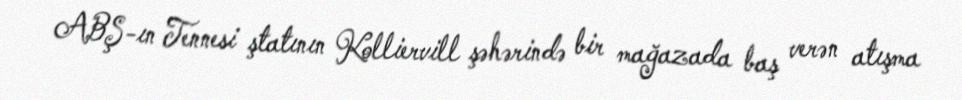
ABŞ-ın Tennesi ştatının Kolliervill şəhərində bir mağazada baş verən atışma